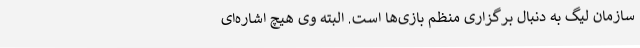
سازمان لیگ به دنبال برگزاری منظم بازی‌ها است. البته وی هیچ اشاره‌ای